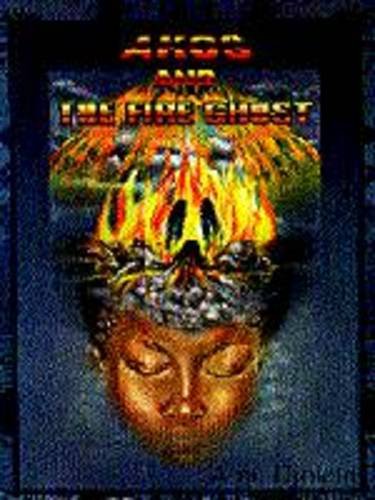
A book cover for Akos and the Fire Ghost; Amu Djoleto; Teen & Young Adult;